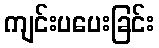
ကျင်းပပေးခြင်း